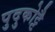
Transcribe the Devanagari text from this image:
पुदुकोट्टै